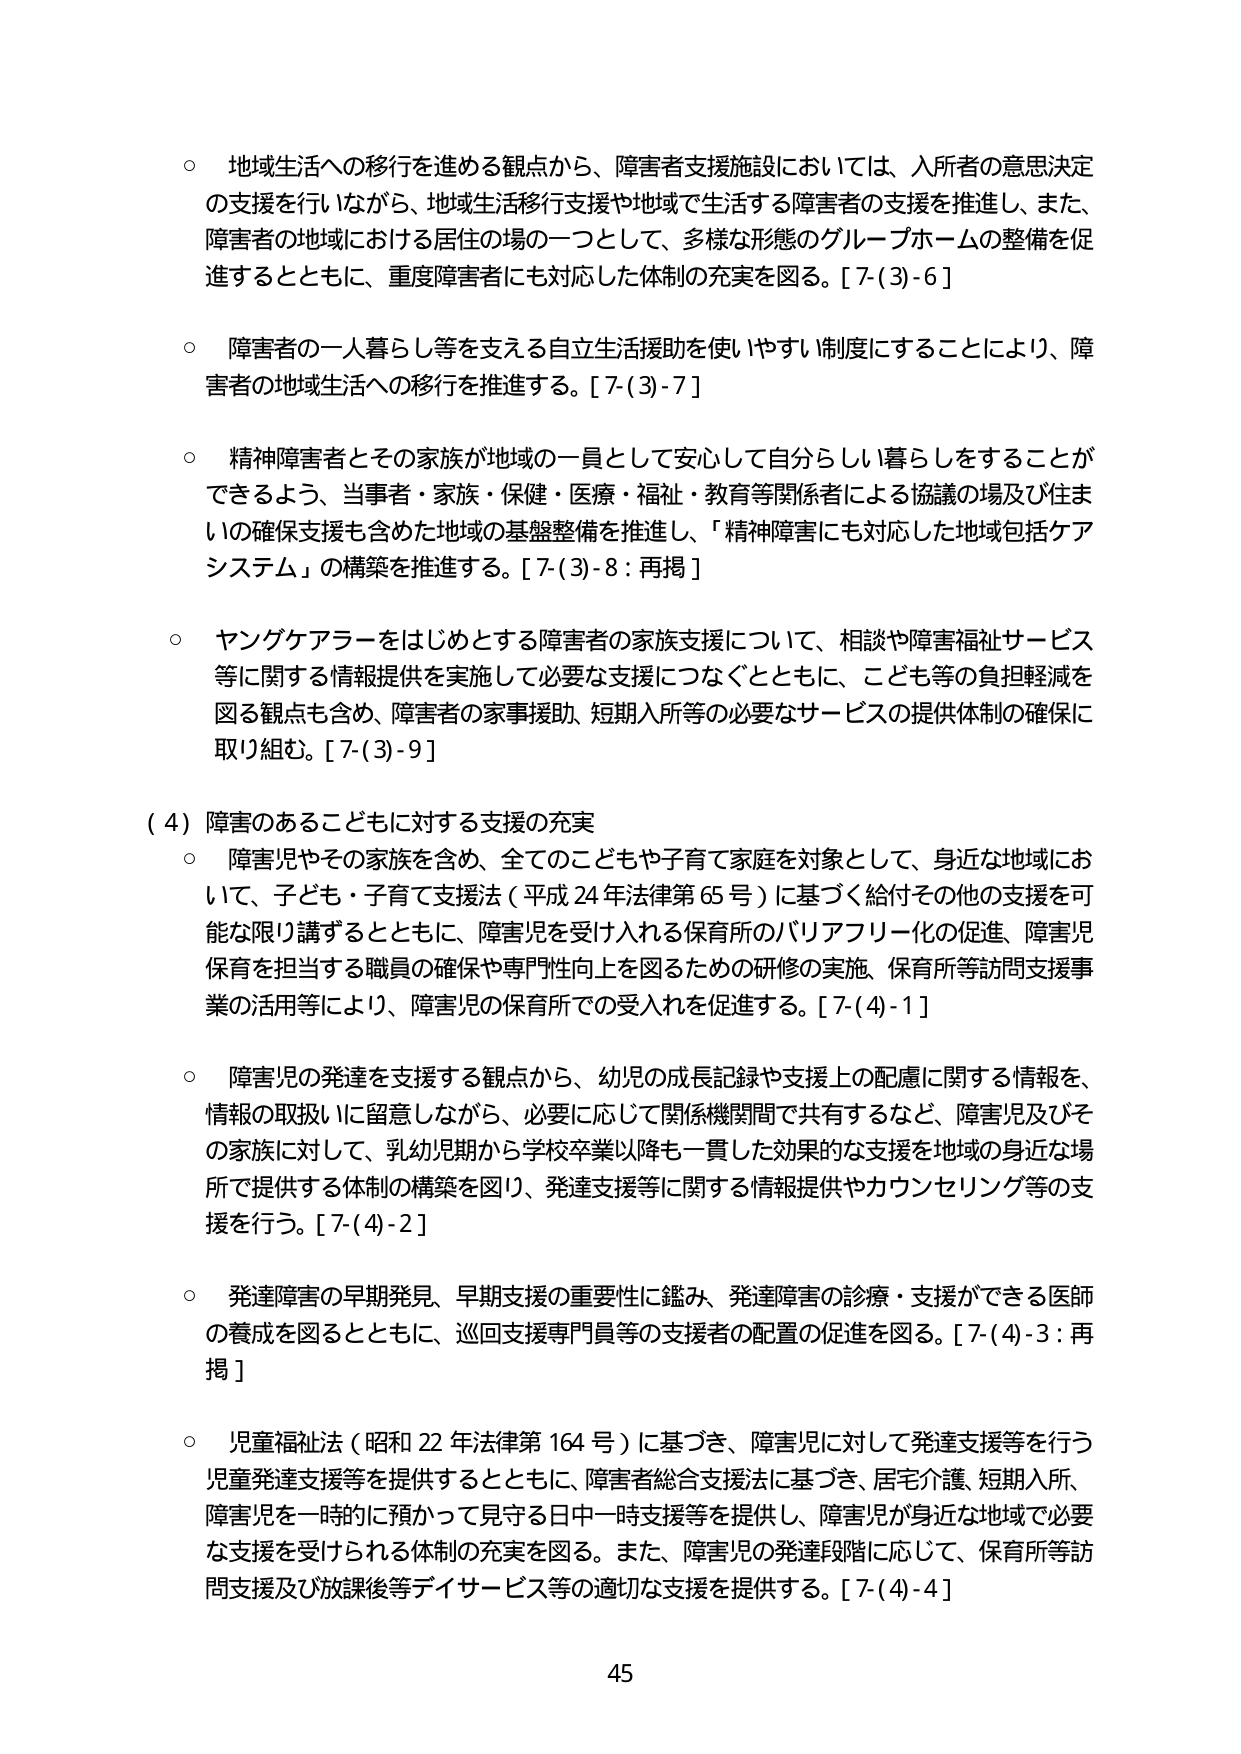
○ 地域生活への移行を進める観点から、障害者支援施設においては、入所者の意思決定の支援を行いながら、地域生活移行支援や地域で生活する障害者の支援を推進し、また、障害者の地域における居住の場の一つとして、多様な形態のグループホームの整備を促進するとともに、重度障害者にも対応した体制の充実を図る。[7-(3)-6]

○ 障害者の一人暮らし等を支える自立生活援助を使いやすい制度にすることにより、障害者の地域生活への移行を推進する。[7-(3)-7]

○ 精神障害者とその家族が地域の一員として安心して自分らしい暮らしをすることができるよう、当事者・家族・保健・医療・福祉・教育等関係者による協議の場及び住まいの確保支援も含めた地域の基盤整備を推進し、「精神障害にも対応した地域包括ケアシステム」の構築を推進する。[7-(3)-8：再掲]

○ ヤングケアラーをはじめとする障害者の家族支援について、相談や障害福祉サービス等に関する情報提供を実施して必要な支援につなぐとともに、こども等の負担軽減を図る観点も含め、障害者の家事援助、短期入所等の必要なサービスの提供体制の確保に取り組む。[7-(3)-9]

（4）障害のあるこどもに対する支援の充実

○ 障害児やその家族を含め、全てのこどもや子育て家庭を対象として、身近な地域において、子ども・子育て支援法（平成24年法律第65号）に基づく給付その他の支援を可能な限り講ずるとともに、障害児を受け入れる保育所のバリアフリー化の促進、障害児保育を担当する職員の確保や専門性向上を図るための研修の実施、保育所等訪問支援事業の活用等により、障害児の保育所での受入れを促進する。[7-(4)-1]

○ 障害児の発達を支援する観点から、幼児の成長記録や支援上の配慮に関する情報を、情報の取扱いに留意しながら、必要に応じて関係機関間で共有するなど、障害児及びその家族に対して、乳幼児期から学校卒業以降も一貫した効果的な支援を地域の身近な場所で提供する体制の構築を図り、発達支援等に関する情報提供やカウンセリング等の支援を行う。[7-(4)-2]

○ 発達障害の早期発見、早期支援の重要性に鑑み、発達障害の診療・支援ができる医師の養成を図るとともに、巡回支援専門員等の支援者の配置の促進を図る。[7-(4)-3：再掲]

○ 児童福祉法（昭和22年法律第164号）に基づき、障害児に対して発達支援等を行う児童発達支援等を提供するとともに、障害者総合支援法に基づき、住宅介護、短期入所、障害児を一時的に預かって見守る日中一時支援等を提供し、障害児が身近な地域で必要な支援を受けられる体制の充実を図る。また、障害児の発達段階に応じて、保育所等訪問支援及び放課後等デイサービス等の適切な支援を提供する。[7-(4)-4]

45